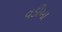
વડીઆ